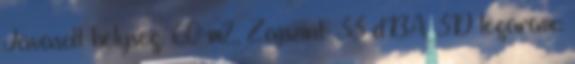
Javasolt helység: 60 m2, Zajszint: 33 dBA, 3D légáram::